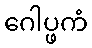
ဂေါပ္ဖကံ